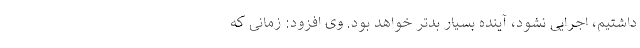
داشتیم، اجرایی نشود، آینده بسیار بدتر خواهد بود. وی افزود: زمانی که